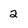
Character: 2